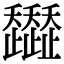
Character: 𧾭